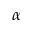
\alpha